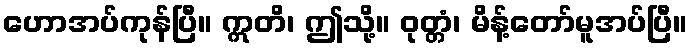
ဟောအပ်ကုန်ပြီ။ ဣတိ၊ ဤသို့။ ဝုတ္တံ၊ မိန့်တော်မူအပ်ပြီ။